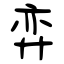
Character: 弈